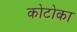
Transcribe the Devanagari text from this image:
कोटोका